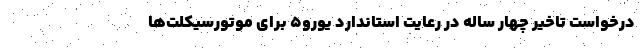
درخواست تاخیر چهار ساله در رعایت استاندارد یورو۵ برای موتورسیکلت‌ها